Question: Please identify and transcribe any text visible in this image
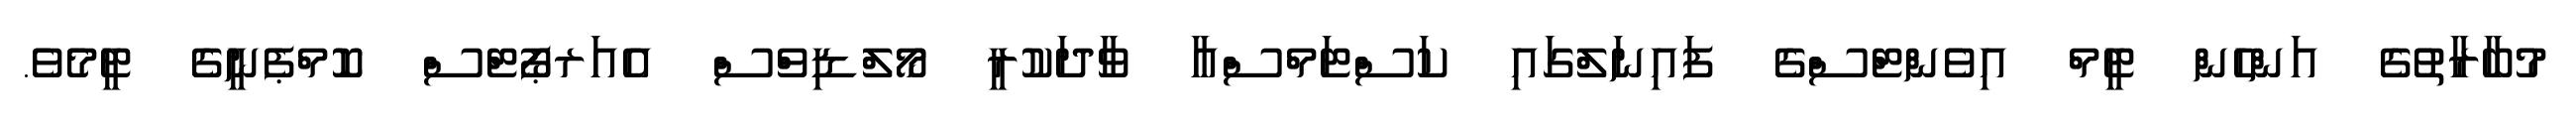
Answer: މުބާރާތުގެ އަންހެން ޓީމް އިވެންޓްސްގެ ފައިނަލްގައި ކަސްޓަމްސްއާ ވާދަކުރީ މޯލްޑިވްސް އެއަރޕޯޓްސް ކޮމްޕެނީގެ ޓީމެވެ.